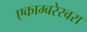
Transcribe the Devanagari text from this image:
एकाम्बरेस्वरा